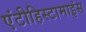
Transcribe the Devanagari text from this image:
एंटीहिस्टामाइंस